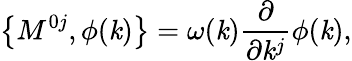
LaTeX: \left\{ M^{0j},\phi(\mathit{k})\right\} =\omega(\mathit{k})\frac{\partial}{{\partial\mathit{k}^{j}}}\phi(\mathit{k}),